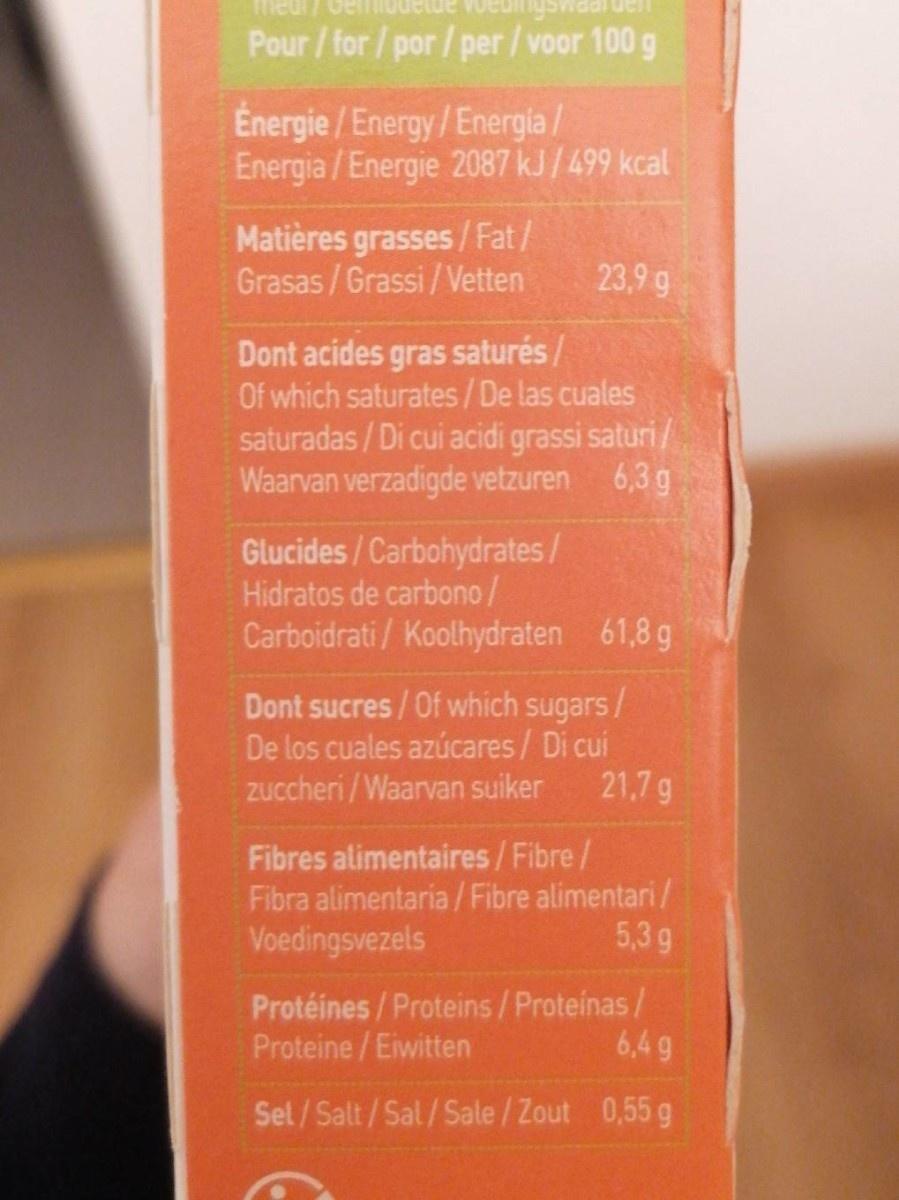
meur7
Pour / for / por / per/voor 100 g
Energie / Energy/Energia/ Energia /Energie 2087 kJ /499 kcal
Matières grasses/Fat/ Grasas / Grassi/Vetten
23,9 g
Dont acides gras saturés/ Of which saturates/De las cuales saturadas / Di cui acidi grassi saturi/ Waarvan verzadigde vetzuren 6,3 g
Glucides/Carbohydrates/ Hidratos de carbono/ Carboidrati/ Koolhydraten 61,8 g
Dont sucres /Of which sugars / De los cuales azúcares/Di cui zuccheri/Waarvan suiker
21,7 g
Fibres alimentaires/Fibre/ Fibra alimentaria /Fibre alimentari/ Voedingsvezels
5,3g
Protéines/Proteins/Proteinas/ Proteine/Eiwitten
6,4 g
Sel/Salt/Sal/Sale/ Zout 0,55 g